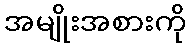
အမျိုးအစားကို